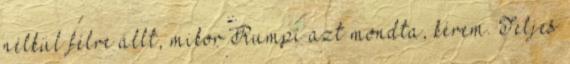
nélkül félre állt, mikor Rumpi azt mondta, kérem. Teljes